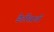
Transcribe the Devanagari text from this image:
डेर्टोसाची